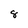
Character: 8